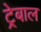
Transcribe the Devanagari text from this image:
ट्रेबाल